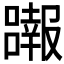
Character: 𱘖